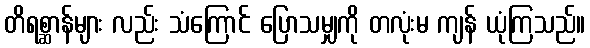
တိရစ္ဆာန်များ လည်း သံကြောင် ပြောသမျှကို တလုံးမ ကျန် ယုံကြသည်။